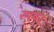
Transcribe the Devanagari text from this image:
स्पषर